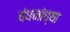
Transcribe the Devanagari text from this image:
बंधनांच्या